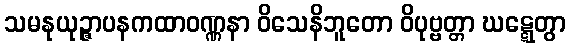
သမနုယုဉ္ဇာပနကထာဝဏ္ဏနာ ဝိသေနိဘူတော ဝိပုဗ္ဗတ္တာ ဃဋ္ဋေတွာ